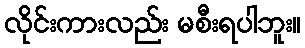
လိုင်းကားလည်း မစီးရပါဘူး။